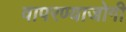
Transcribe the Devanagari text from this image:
वापरण्याजोगी